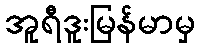
အူရီဒူးမြန်မာမှ